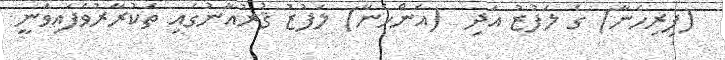
(ފިރިހެނާ) ގެ ލަފުޒު އަދި  (އަންހެނާ) ލަފުޒު ޤުރުއާނުގައި ތަކުރާރުވެފައިވަނީ